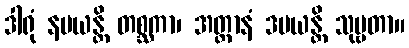
ဒါရုံ နမယန္တိ တစ္ဆကာ၊ အတ္တာနံ ဒမယန္တိ သုဗ္ဗတာ။